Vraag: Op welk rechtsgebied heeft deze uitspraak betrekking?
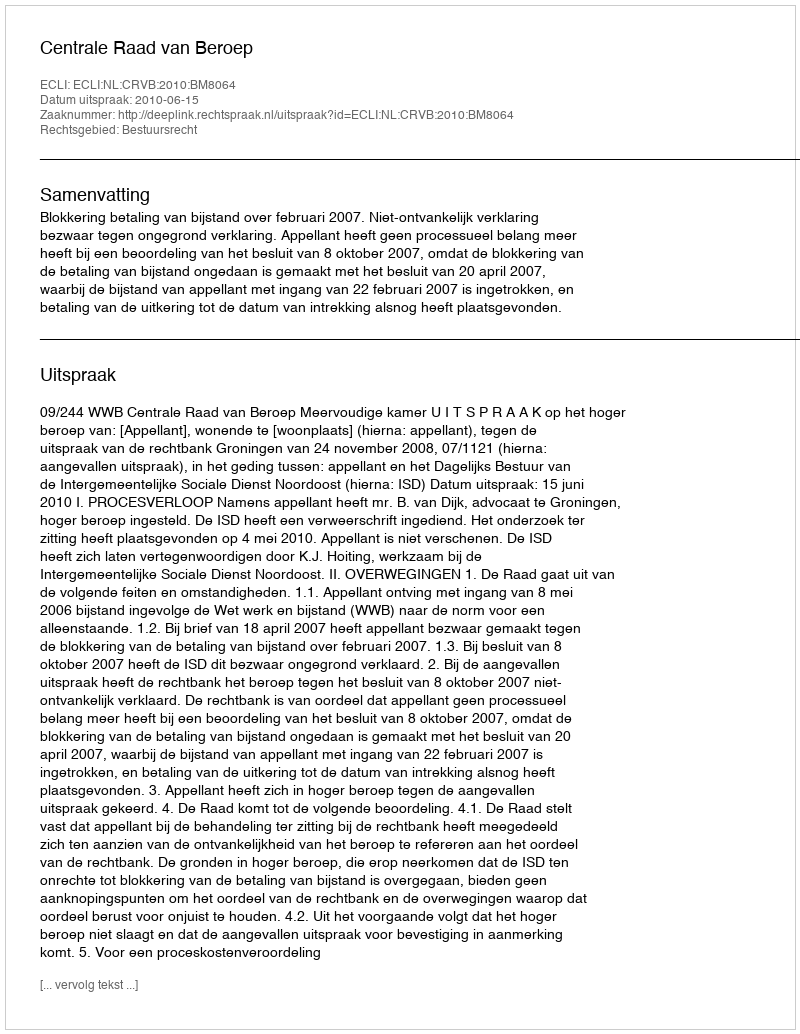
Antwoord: Bestuursrecht